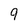
Character: 9